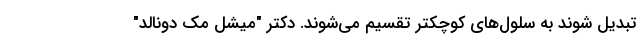
تبدیل شوند به سلول‌های کوچکتر تقسیم می‌شوند. دکتر "میشل مک دونالد"